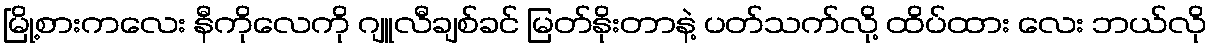
မြို့စားကလေး နီကိုလေကို ဂျူလီချစ်ခင် မြတ်နိုးတာနဲ့ ပတ်သက်လို့ ထိပ်ထား လေး ဘယ်လို